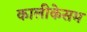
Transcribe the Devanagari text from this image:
कालीकेसम